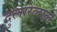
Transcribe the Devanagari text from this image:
दुलारेलाल